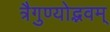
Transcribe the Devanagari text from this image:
त्रैगुण्योद्भवम्